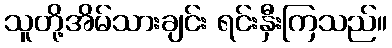
သူတို့အိမ်သားချင်း ရင်းနှီးကြသည်။